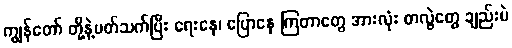
ကျွန်တော် တို့နဲ့ပတ်သက်ပြီး ရေးနေ၊ ပြောနေ ကြတာတွေ အားလုံး တလွဲတွေ ချည်းပဲ